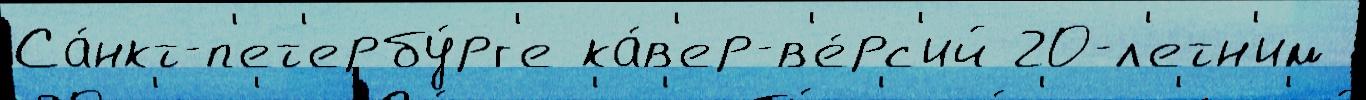
Са́нкт-п'ет'ербу́рг'е ка́в'ер-в'е́рс'ий 20-л'етн'им